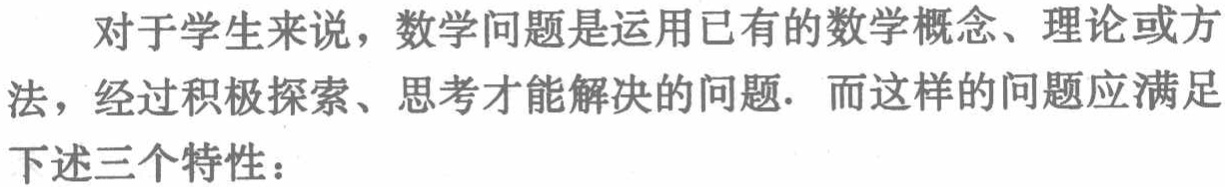
对于学生来说，数学问题是运用已有的数学概念、理论或方法，经过积极探索、思考才能解决的问题. 而这样的问题应满足下述三个特性：